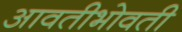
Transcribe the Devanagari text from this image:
आवतीभोवती